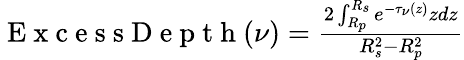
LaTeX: \begin{array}{r}{\mathrm{~E~x~c~e~s~s~D~e~p~t~h~}(\nu)=\frac{2\int_{R_{p}}^{R_{s}}e^{-\tau_{\nu}(z)}zdz}{R_{s}^{2}-R_{p}^{2}}}\end{array}